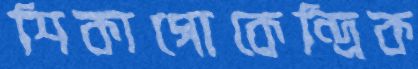
শিকাগোকেন্দ্রিক